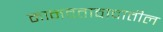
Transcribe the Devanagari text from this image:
मानवतावादातील